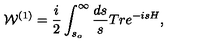
{ \cal W } ^ { ( 1 ) } = { \frac { i } { 2 } } \int _ { s _ { o } } ^ { \infty } { \frac { d s } { s } } T r e ^ { - i s H } ,